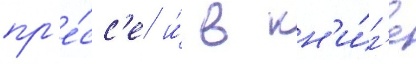
пр'е́сс'е и́ в кн'и́г'е